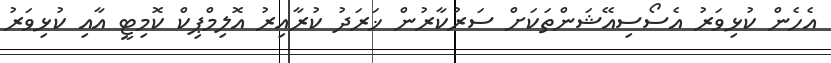
އެހެން ކުޅިވަރު އެސޯސިއޭޝަންތަކަށް ސަރުކާރުން ޚަރަދު ކުރާއިރު އޮލިމްޕިކް ކޮމިޓީ އާއި ކުޅިވަރު